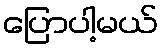
ပြောပါ့မယ်